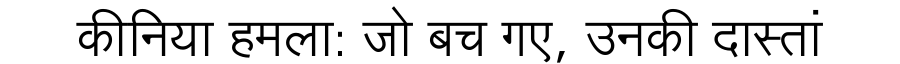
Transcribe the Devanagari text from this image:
कीनिया हमला: जो बच गए, उनकी दास्तां